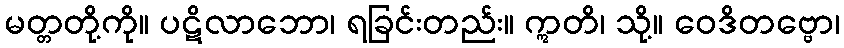
မတ္တတို့ကို။ ပဋိလာဘော၊ ရခြင်းတည်း။ ဣတိ၊ သို့။ ဝေဒိတဗ္ဗော၊